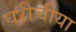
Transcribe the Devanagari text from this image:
घरीचीया